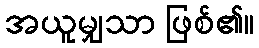
အယူမျှသာ ဖြစ်၏။